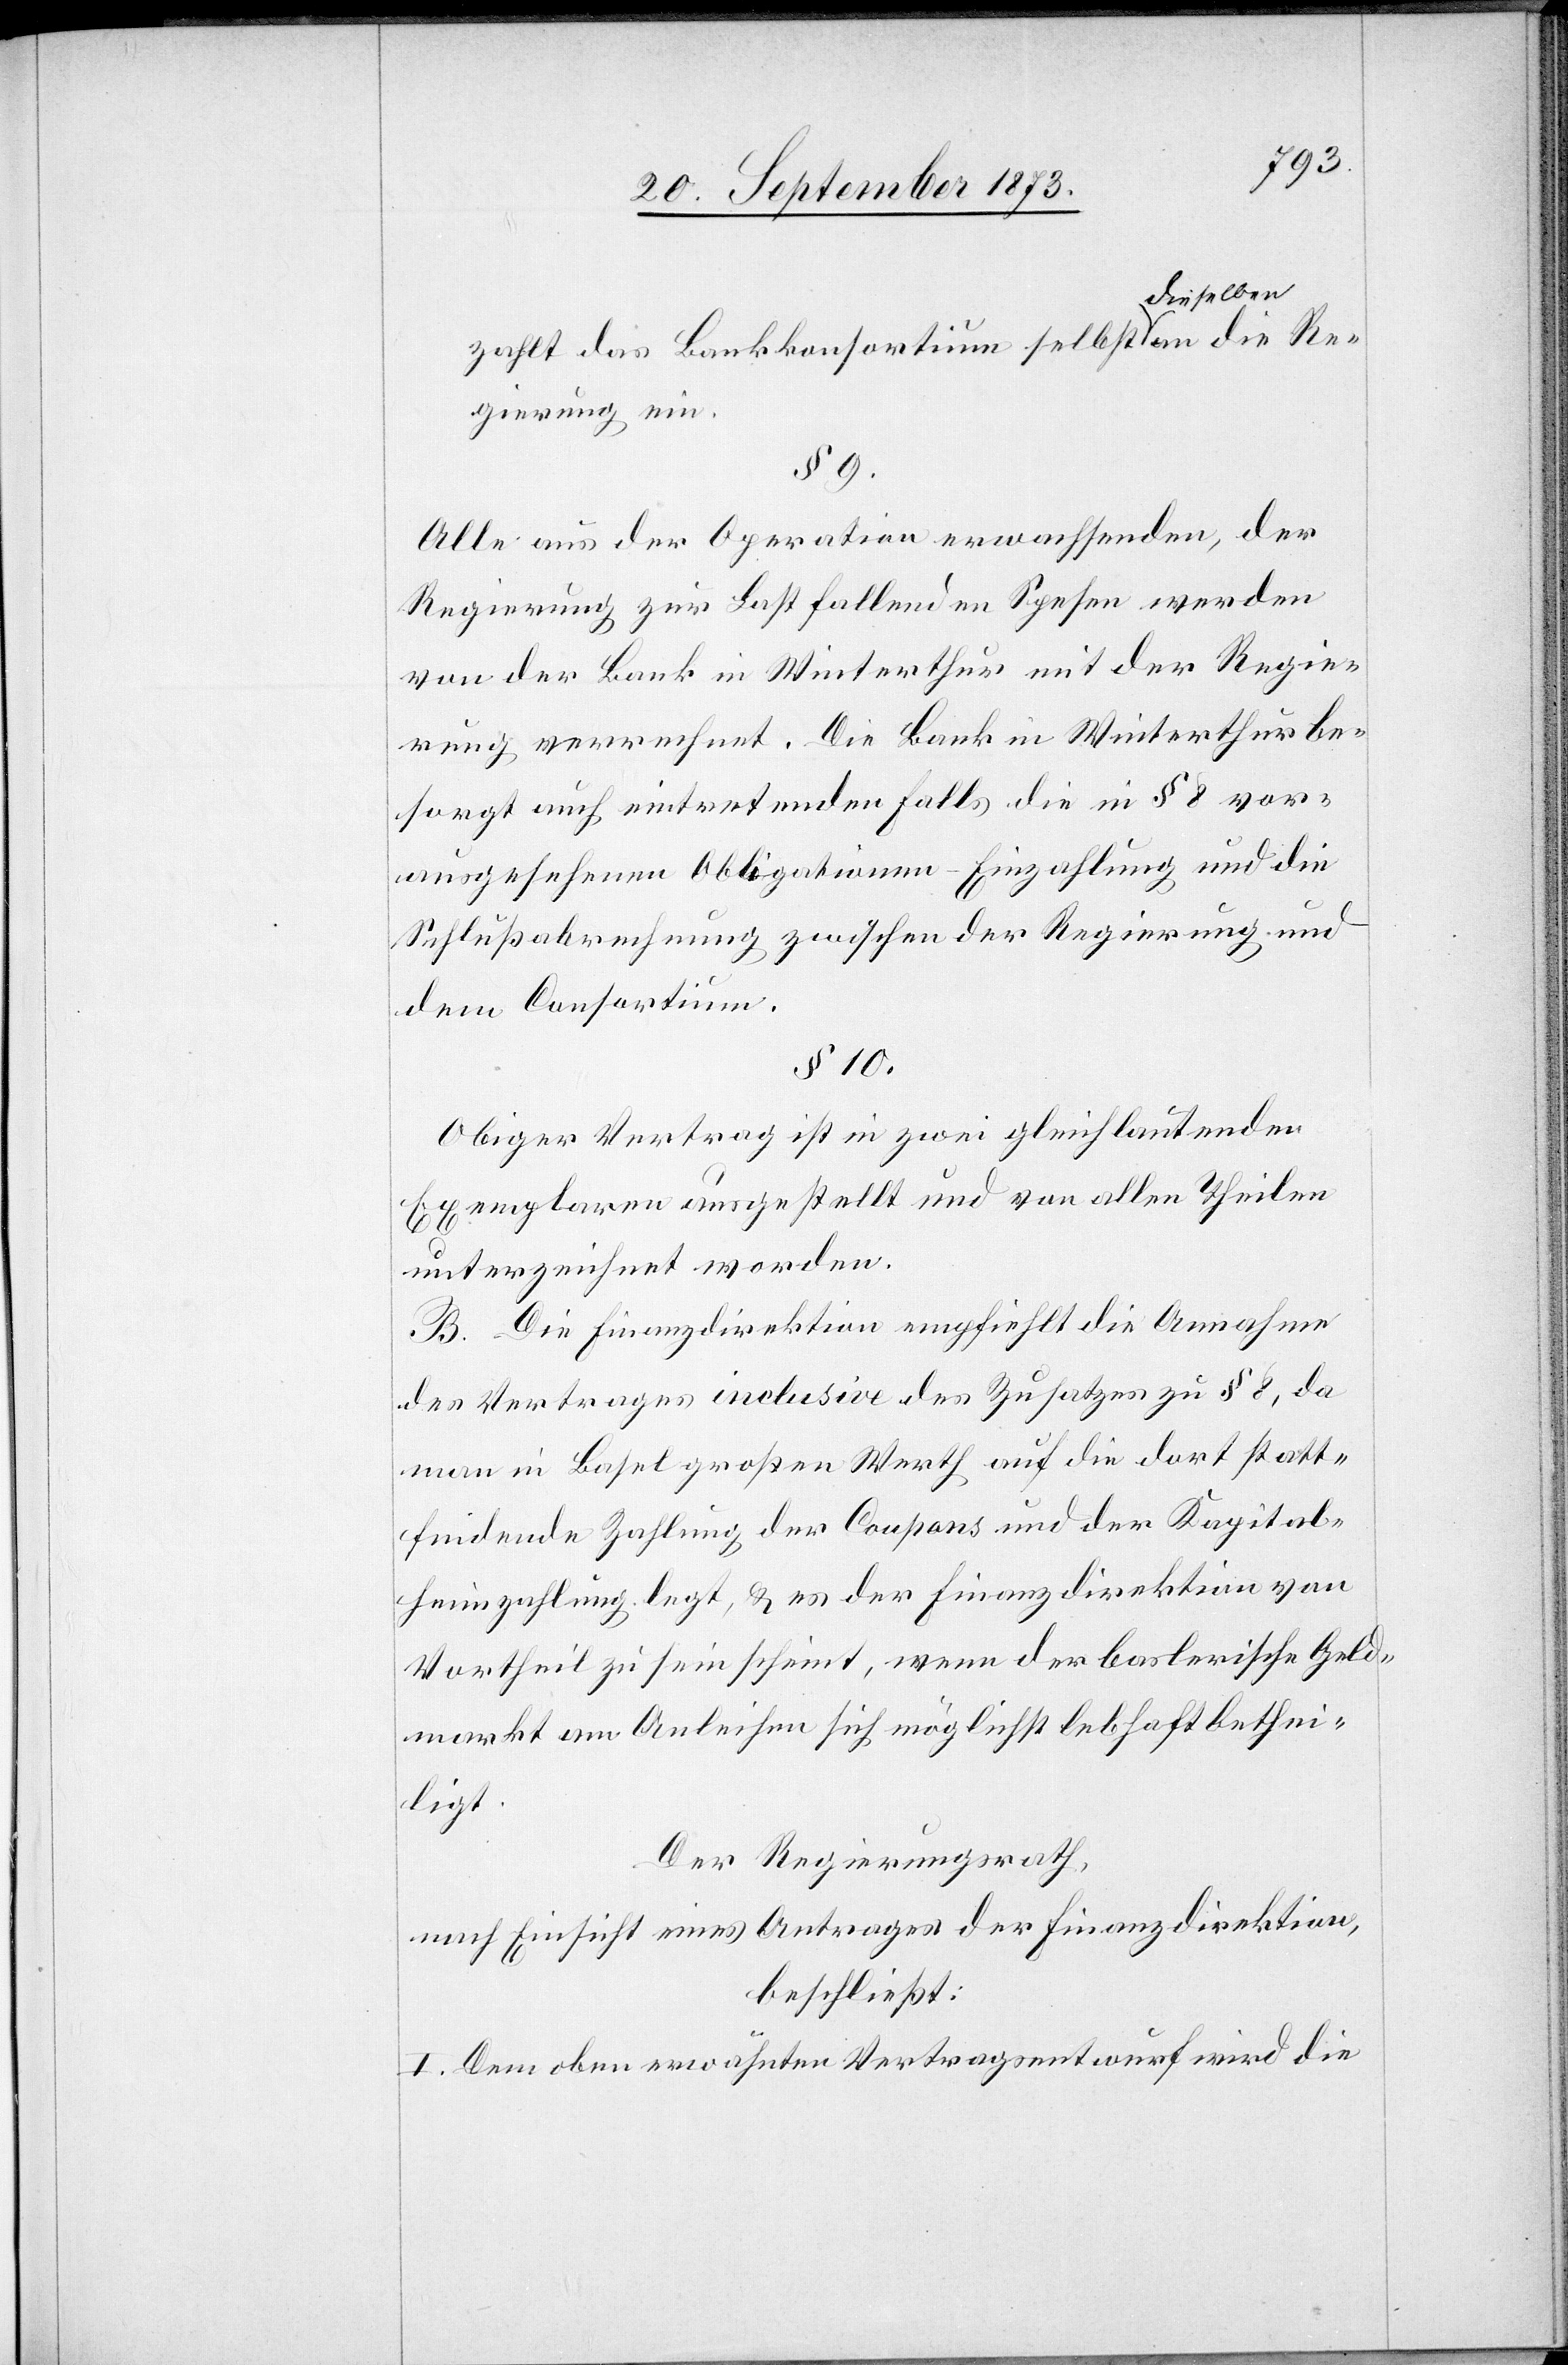
lben
zahlt das Bankkonsortium selbst diese¬
Regierung ein.
§ 9.
Alle aus der Operation erwachsenden, der
Regierung zur Last fallenden Spesen werden
von der Bank in Winterthur mit der Regie¬
rung verrechnet. Die Bank in Winterthur be¬
sorgt auch eintretenden Falls die in § 8 vor¬
ausgesehenen Obligationen-Einzahlung und die
Schlußabrechnung zwischen der Regierung und
dem Consortium.
§ 10.
Obiger Vertrag ist in zwei gleichlautenden
Exemplaren ausgestellt und von allen Theilen
unterzeichnet worden.
B. Die Finanzdirektion empfiehlt die Annahme
des Vertrages inclusive des Zusatzes zu § 8, da
man in Basel großen Werth auf die dort statt¬
findende Zahlung der Coupons und der Kapital¬
heimzahlung legt, & es der Finanzdirektion von
Vortheil zu sein scheint, wenn der baslerische Geld¬
markt am Anleihen sich möglichst lebhaft bethei¬
ligt.
Der Regierungsrath,
nach Einsicht eines Antrages der Finanzdirektion,
beschließt:
I. Dem oben erwähnten Vertragsentwurf wird die